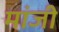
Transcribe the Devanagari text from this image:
मांजी